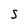
Character: S